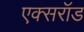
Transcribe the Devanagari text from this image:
एक्सरॉड